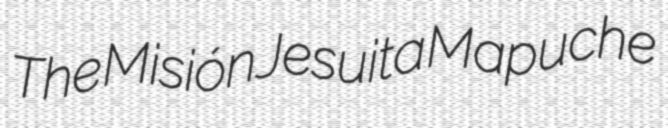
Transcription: The Misión Jesuita Mapuche